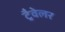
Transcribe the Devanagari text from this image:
ट्रैवेलर